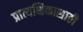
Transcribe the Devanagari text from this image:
प्रात्यक्षिकासाठी